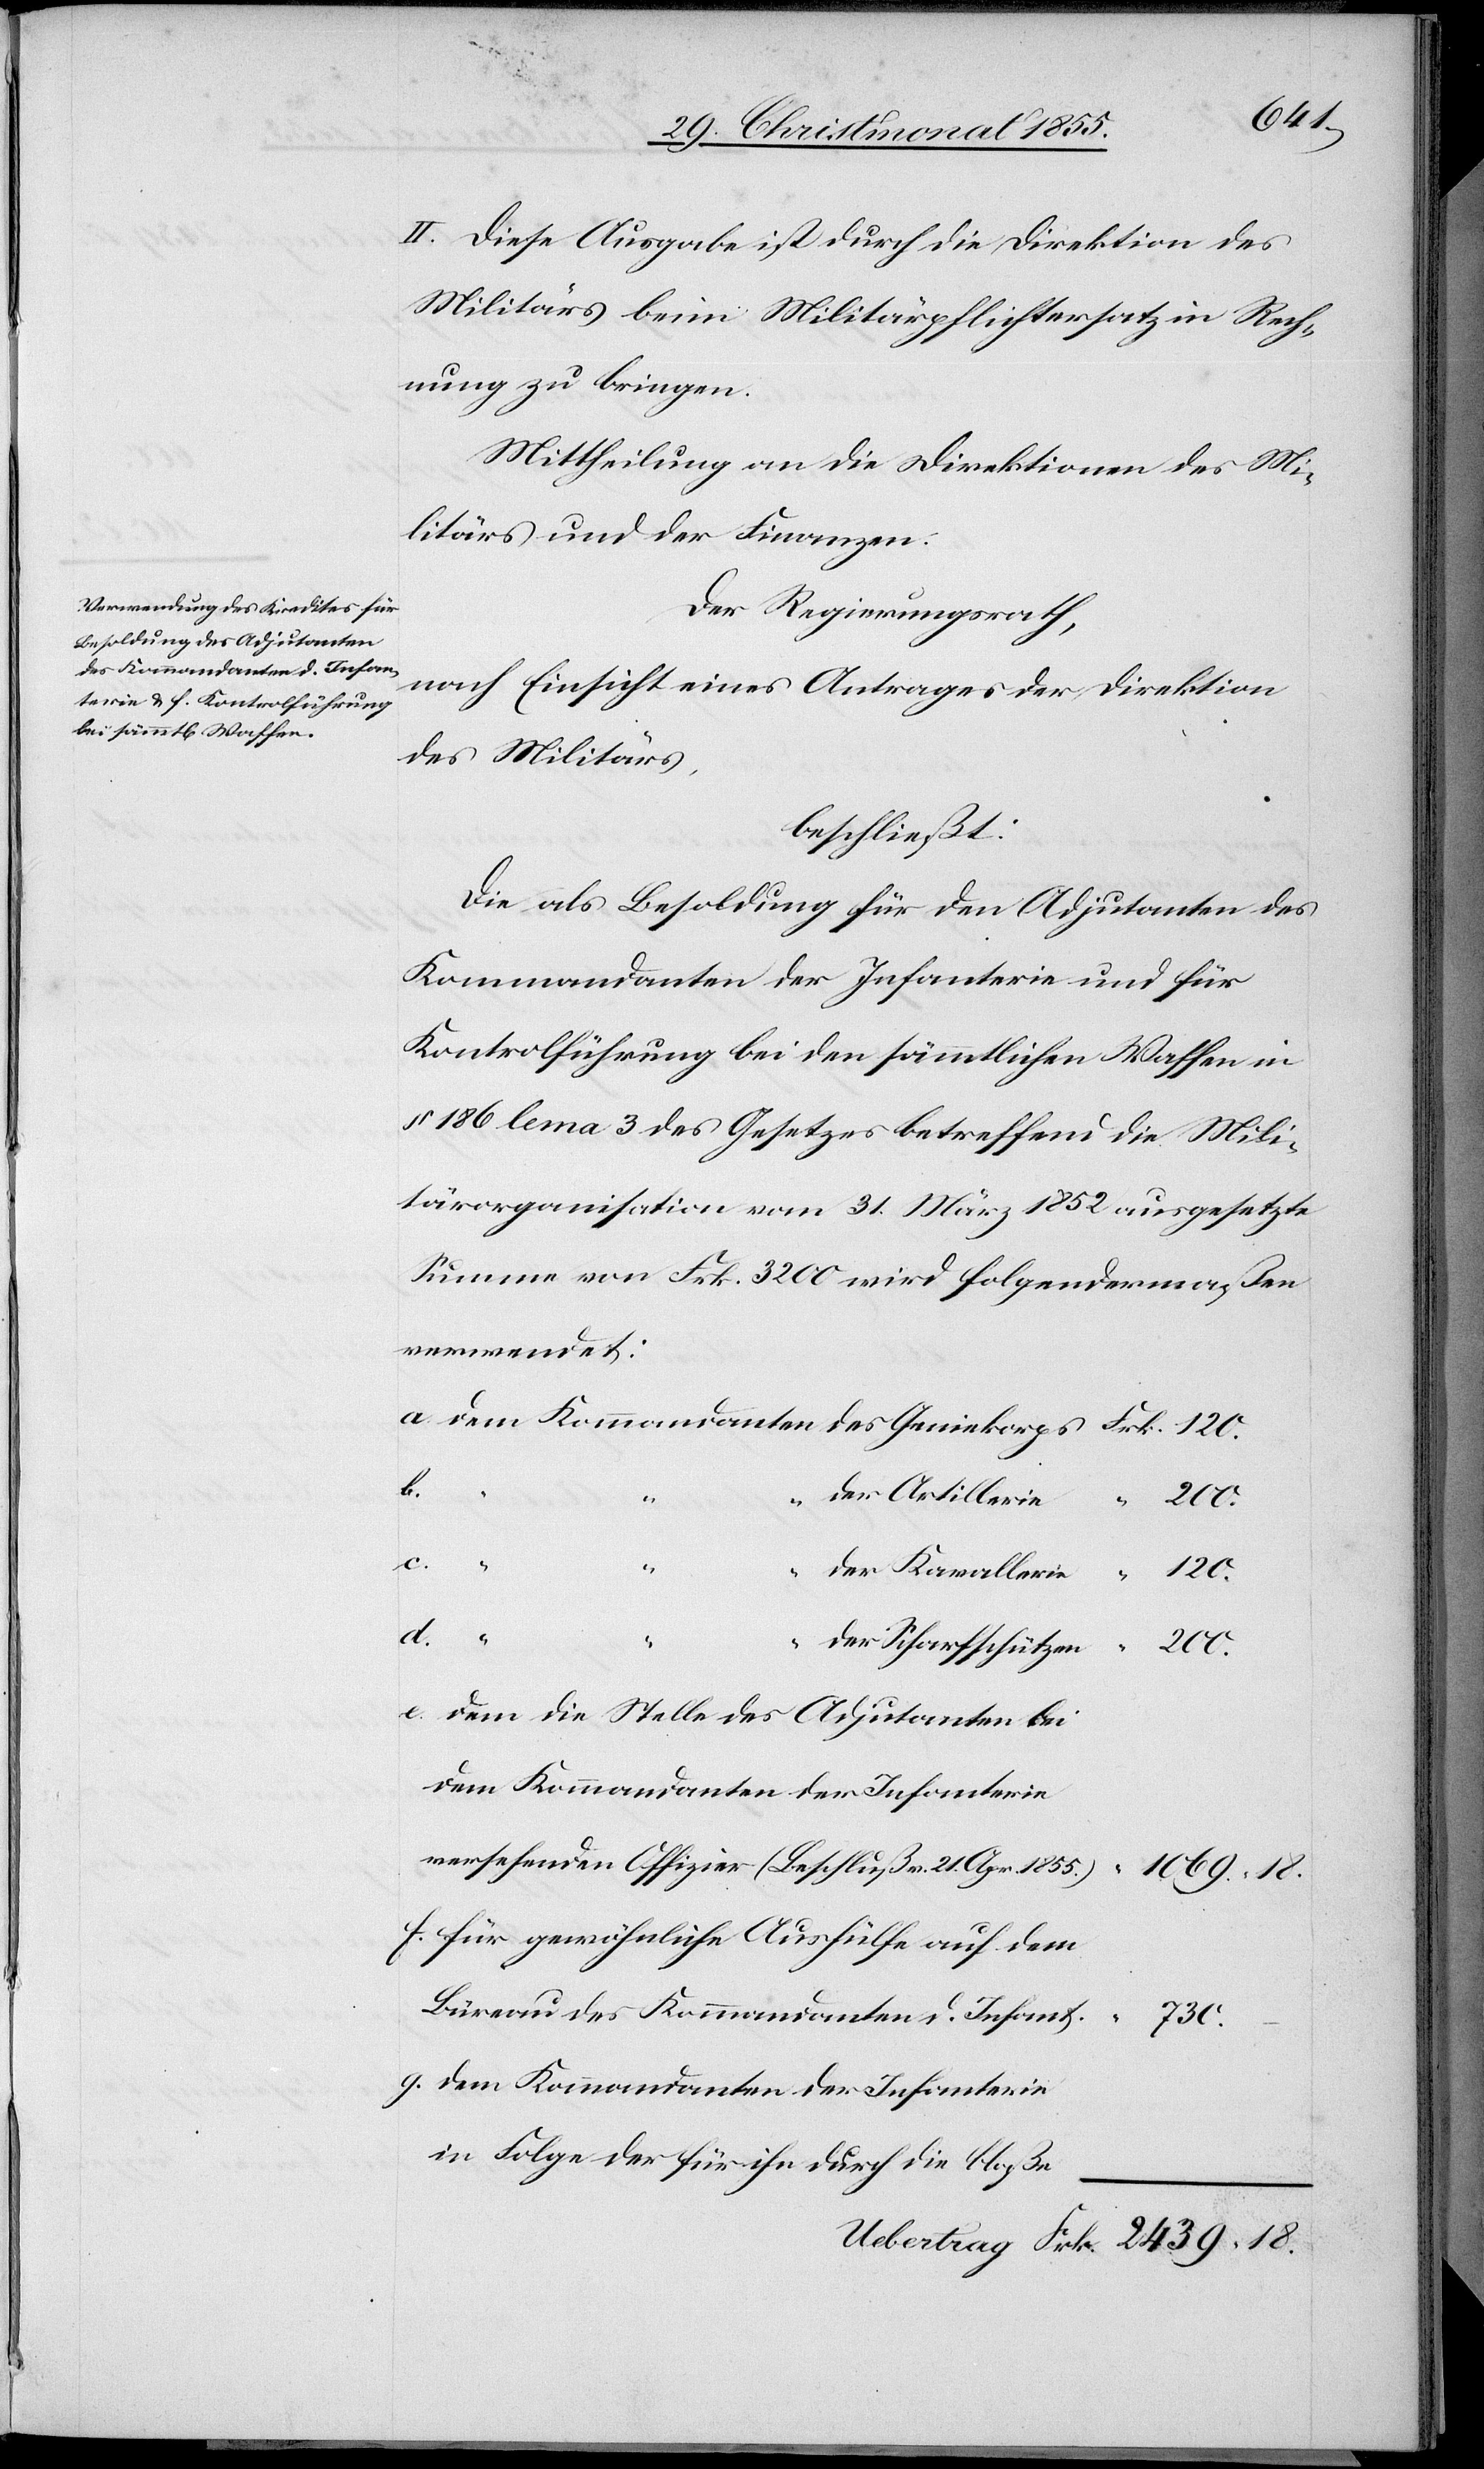
II. Diese Ausgabe ist durch die Direktion des
Militärs beim Militärpflichtersatz in Rech¬
nung zu bringen.
Mittheilung an die Direktionen des Mi¬
litärs und der Finanzen.
Der Regierungsrath,
nach Einsicht eines Antrages der Direktion
des Militärs,
beschließt:
Die als Besoldung für den Adjutanten des
Kommandanten der Infanterie und für
Kontrolführung bei den sämmtlichen Waffen in
§ 186 lem[m]a 3 des Gesetzes betreffend die Mili¬
tärorganisation vom 31. März 1852 ausgesetzte
Summe von Frk. 3200 wird folgendermaßen
verwendet:
der Artillerie
“
“
2439.
18.
“
g.
der Kavallerie
“ 120.
der Scharfschützen
ertrag
dem die Stelle des Adjutanten bei
dem Kommandanten der Infanterie
versehenden Offizier (Beschluß v. 21. Apr. 1855.)
1069. 18.
für gewöhnliche Aushülfe auf dem
Büreau des Kommandanten d. Infant.
730.
in Folge der für ihn durch die bloße